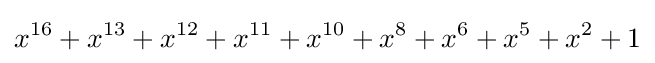
x^{16}+x^{13}+x^{12}+x^{11}+x^{10}+x^{8}+x^{6}+x^{5}+x^{2}+1